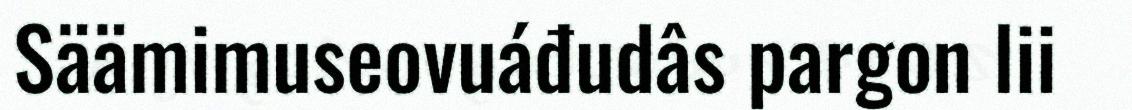
Säämimuseovuáđudâs pargon lii